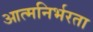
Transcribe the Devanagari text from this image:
आत्‍मनिर्भरता